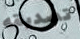
تصديقه